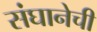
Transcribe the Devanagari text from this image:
संघानेची